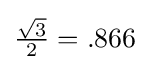
{\tfrac {\sqrt {3}}{2}}=.866